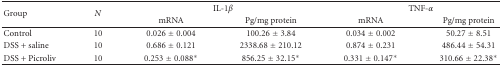
<table><thead><tr><td rowspan="2"><b>Group</b></td><td rowspan="2"><b><i>N</i></b></td><td colspan="2"><b>IL-1<i>β</i></b></td><td colspan="2"><b>TNF-<i>α</i></b></td></tr><tr><td><b>mRNA</b></td><td><b>Pg/mg protein</b></td><td><b>mRNA</b></td><td><b> Pg/mg protein</b></td></tr></thead><tbody><tr><td>Control</td><td>10</td><td>0.026 ± 0.004</td><td>100.26 ± 3.84</td><td>0.034 ± 0.002</td><td>50.27 ± 8.51</td></tr><tr><td>DSS + saline</td><td>10</td><td>0.686 ± 0.121</td><td>2338.68 ± 210.12</td><td>0.874 ± 0.231</td><td>486.44 ± 54.31</td></tr><tr><td>DSS + Picroliv</td><td>10</td><td>0.253 ± 0.088*</td><td>856.25 ± 32.15*</td><td>0.331 ± 0.147*</td><td>310.66 ± 22.38*</td></tr></tbody></table>